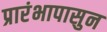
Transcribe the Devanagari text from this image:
प्रारंभापासुन